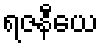
ရဇနီယေ